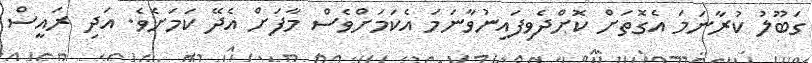
ގަބޫލު ކުރާނަމަ އެގޮތަށް ކޮށްދެވިފައިނުވާނަމަ އެކަމަށްވެސް މާފަށް އެދޭ ކަަމަށެވެ. އަދި ރައީސް